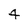
Character: 4